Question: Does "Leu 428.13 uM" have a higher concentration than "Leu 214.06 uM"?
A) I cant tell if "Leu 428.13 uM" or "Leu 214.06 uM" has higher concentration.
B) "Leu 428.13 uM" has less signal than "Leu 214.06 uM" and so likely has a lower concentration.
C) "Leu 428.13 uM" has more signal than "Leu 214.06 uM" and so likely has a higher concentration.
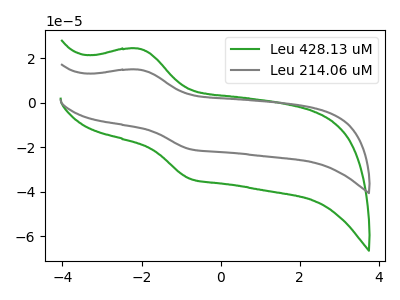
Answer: <think>The green curve "Leu 428.13 uM" has an anodic peak at (-2.10V, 24.20uA) and a cathodic peak at (-0.75V, -34.25uA). The gray curve "Leu 214.06 uM" has an anodic peak at (-2.10V, 14.80uA) and a cathodic peak at (-0.75V, -20.95uA).
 All the peaks in "Leu 428.13 uM" have a peak in "Leu 214.06 uM" at the same potential. Every peak in "Leu 428.13 uM" is higher than every peak in "Leu 214.06 uM".</think>
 <answer>C) "Leu 428.13 uM" has more signal than "Leu 214.06 uM" and so likely has a higher concentration.</answer>
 <eval>C</eval>